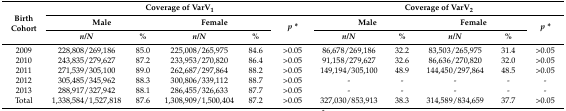
<table><thead><tr><td rowspan="3"><b>Birth Cohort</b></td><td colspan="5"><b>Coverage of VarV<sub>1</sub></b></td><td colspan="5"><b>Coverage of VarV<sub>2</sub></b></td></tr><tr><td colspan="2"><b>Male</b></td><td colspan="2"><b>Female</b></td><td rowspan="2"><b><i>p *</i></b></td><td colspan="2"><b>Male</b></td><td colspan="2"><b>Female</b></td><td rowspan="2"><b><i>p *</i></b></td></tr><tr><td><b><i>n/N</i></b></td><td><b>%</b></td><td><b><i>n/N</i></b></td><td><b>%</b></td><td><b><i>n/N</i></b></td><td><b>%</b></td><td><b><i>n/N</i></b></td><td><b>%</b></td></tr></thead><tbody><tr><td>2009</td><td>228,808/269,186</td><td>85.0</td><td>225,008/265,975</td><td>84.6</td><td>&gt;0.05</td><td>86,678/269,186</td><td>32.2</td><td>83,503/265,975</td><td>31.4</td><td>&gt;0.05</td></tr><tr><td>2010</td><td>243,835/279,627</td><td>87.2</td><td>233,953/270,820</td><td>86.4</td><td>&gt;0.05</td><td>91,158/279,627</td><td>32.6</td><td>86,636/270,820</td><td>32.0</td><td>&gt;0.05</td></tr><tr><td>2011</td><td>271,539/305,100</td><td>89.0</td><td>262,687/297,864</td><td>88.2</td><td>&gt;0.05</td><td>149,194/305,100</td><td>48.9</td><td>144,450/297,864</td><td>48.5</td><td>&gt;0.05</td></tr><tr><td>2012</td><td>305,485/345,962</td><td>88.3</td><td>300,806/339,112</td><td>88.7</td><td>&gt;0.05</td><td>-</td><td>-</td><td>-</td><td>-</td><td>-</td></tr><tr><td>2013</td><td>288,917/327,942</td><td>88.1</td><td>286,455/326,633</td><td>87.7</td><td>&gt;0.05</td><td>-</td><td>-</td><td>-</td><td>-</td><td>-</td></tr><tr><td>Total</td><td>1,338,584/1,527,818</td><td>87.6</td><td>1,308,909/1,500,404</td><td>87.2</td><td>&gt;0.05</td><td>327,030/853,913</td><td>38.3</td><td>314,589/834,659</td><td>37.7</td><td>&gt;0.05</td></tr></tbody></table>